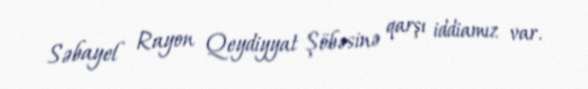
Səbayel Rayon Qeydiyyat Şöbəsinə qarşı iddiamız var.